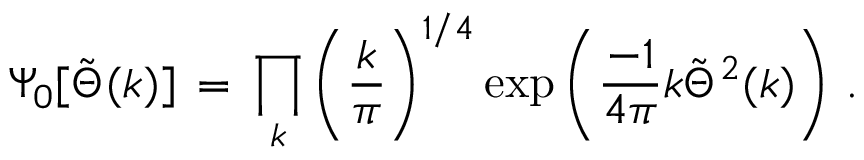
\Psi _ { 0 } [ \tilde { \Theta } ( k ) ] \, = \, \prod _ { k } \left( { \frac { k } { \pi } } \right) ^ { 1 / 4 } \exp \left( { \frac { - 1 } { 4 \pi } } k \tilde { \Theta } ^ { 2 } ( k ) \right) \, .